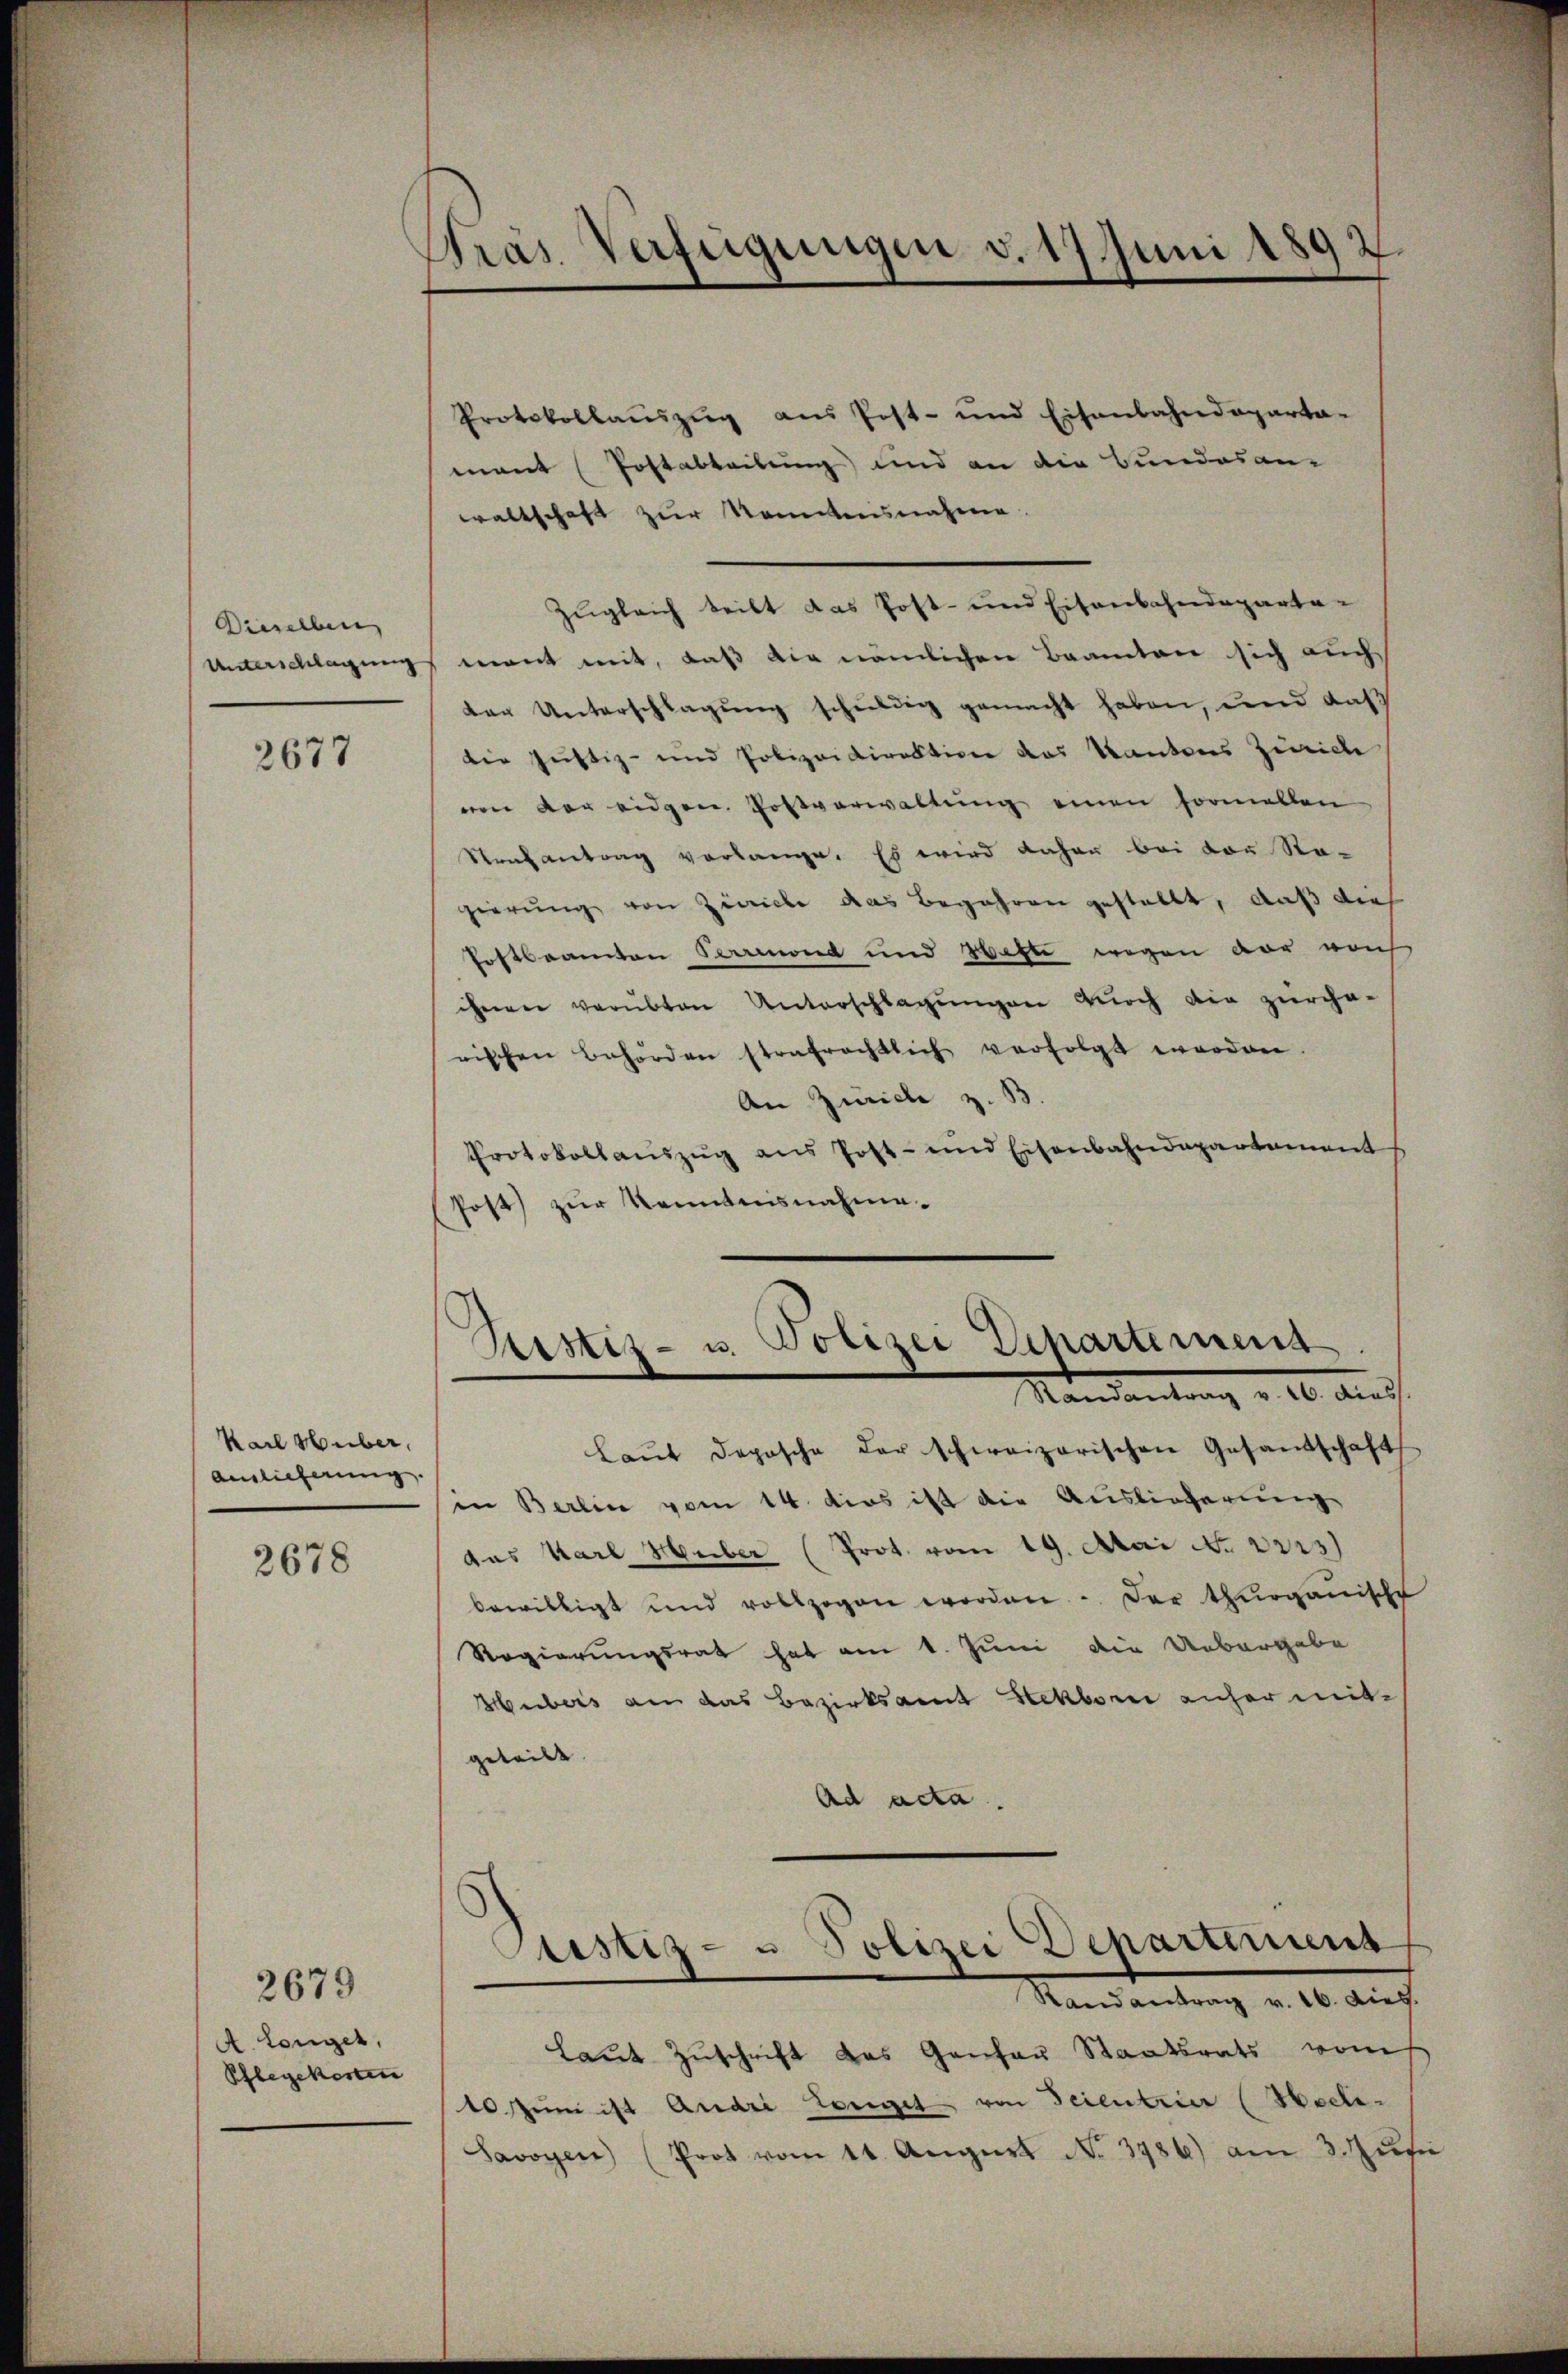
Dieselben

2677

Karl Huber,
Auslieferung.

2678

2679

A. Langer,
Phlegekosten

Gras Verfügungen v. 17 Juni 1892.

Protokollauszug aus Post- und Eisenbahndeparta-
mant (Postabteilung und an die Bundesan-
waltschaft zur Kenntnisnahme.
zugleich teilt das Post- und Eisenbahndeparta-
Unterschlagung mont mit, daß die nämlichen Beamten sich auch
der Unterschlagung schuldig gemacht haben, und daß
Die Justiz- und Polizeidirektion das Kantons Zürich
ven der eidgen. Postverwaltung einen formellen
Strafantrag verlange. Es wird daher bei der Re-
gierung von Zürich das Begehren gestellt, daß dies
Postbeamten Parmond und Hefte wegen vor auch
ihnen verübten Unterschlagungen durch die zürche-
rischen Behörden strafrechtlich verfolgt worden.
An Zürich z. B.
Protokollauszug aus Post- und Eisenbahndepartement
Post zur Kenntnisnahme.

Sistiz- u. Polizei Departement.
Mandantrag v. 10. Au

Laŭt deposche der schweizerischen Gesandschaft
in Berlin vom 14. dies ist die Auslieferung
das Karl Huber (Prot. vom 19. Mai No 2223)
bewilligt und vollzogen worden. Der thurgauische
Regierungsrat hat am 1. Juni die Uebergabe
Hubers an das Bezirksamt Steckborn anher mit-
geteilt. |
Ad acta.
Randantrag v. 16. dies.
Laut Zuschrift das Gantau Staatsrats vom
10 zum ist Andri zeiget von Seientrier (Heeli-
Savoyen (Prot vom 11. August No. 3786) am 3. Jus

Justiz- u Polizei Departement